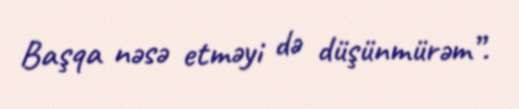
Başqa nəsə etməyi də düşünmürəm”.